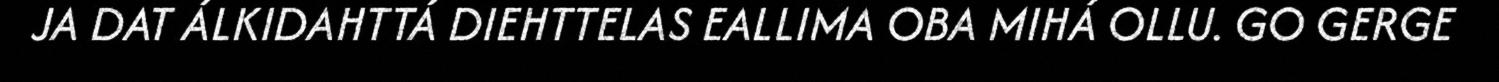
JA DAT ÁLKIDAHTTÁ DIEHTTELAS EALLIMA OBA MIHÁ OLLU. GO GERGE